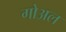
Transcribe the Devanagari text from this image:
गोअल